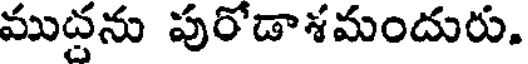
ముద్దను పురోడాశమందురు.